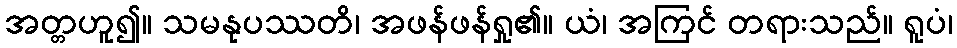
အတ္တဟူ၍။ သမနုပဿတိ၊ အဖန်ဖန်ရှု၏။ ယံ၊ အကြင် တရားသည်။ ရူပံ၊